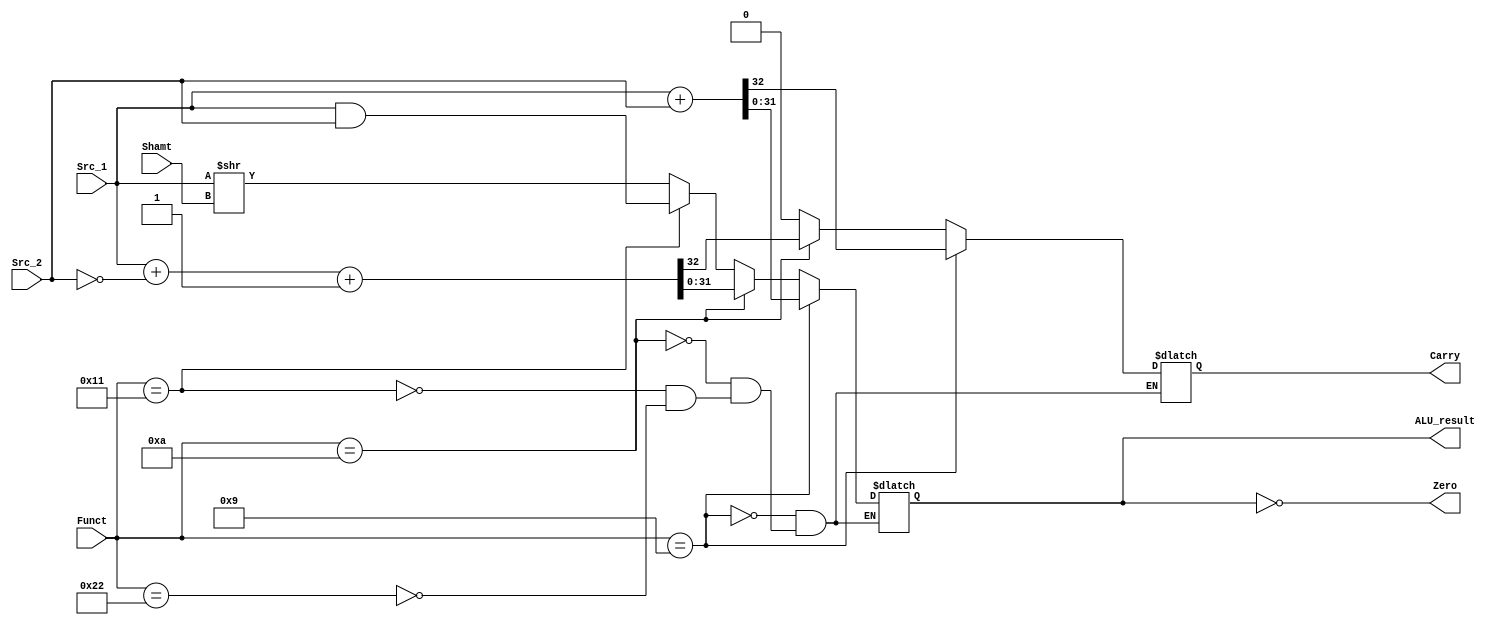

//////////////////////////////////////////////////////////////////////////////////
// Company: 
// Engineer: 
// 
// Design Name: 
// Module Name: ALU
// Project Name: 
// Target Devices: 
// Tool Versions: 
// Description: 
// 
// Dependencies: 
// 
// Revision:
// Revision 0.01 - File Created
// Additional Comments:
// 
//////////////////////////////////////////////////////////////////////////////////


module ALU(
    input [31:0] Src_1,
    input [31:0] Src_2,
    input [5:0] Funct,
    input [4:0] Shamt,
    output [31:0] ALU_result,
    output [0:0] Zero,
    output [0:0] Carry
    );

    reg [31:0] ALU_result_reg;
    reg Carry_reg;

    initial
    begin
	ALU_result_reg = 0;
	Carry_reg = 0;
    end
    	
    assign ALU_result = ALU_result_reg;
    assign Zero = (ALU_result_reg == 0);
    assign Carry = Carry_reg;

    always @(*)
    begin
        if(Funct == 6'b001001)
        begin
            {Carry_reg, ALU_result_reg} <= Src_1 + Src_2;
        end
        else if(Funct == 6'b001010)
        begin
            {Carry_reg, ALU_result_reg} <= Src_1 + ~Src_2 +1;
        end
        else if(Funct == 6'b010001)
        begin
            ALU_result_reg <= Src_1 & Src_2;
            Carry_reg <= 0;
        end
        else if(Funct == 6'b100010)
        begin
            ALU_result_reg <= Src_1 >> Shamt;
            Carry_reg <= 0;
        end
    end    
    
endmodule